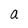
Character: a